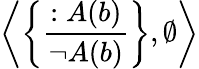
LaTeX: \left\langle\left\{ {\frac{:A(b)}{\neg A(b)}}\right\} ,\emptyset\right\rangle